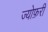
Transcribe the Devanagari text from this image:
ज्योफ़री